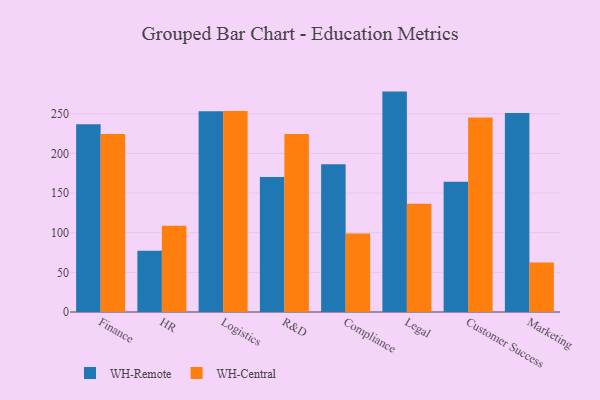
{"axis": {"x": "Department", "y": "Churn Rate (%)"}, "legend": ["WH-Central", "WH-Remote"], "data": [{"x": "Finance", "y": 236.8, "type": "WH-Remote"}, {"x": "Finance", "y": 224.4, "type": "WH-Central"}, {"x": "HR", "y": 77.3, "type": "WH-Remote"}, {"x": "HR", "y": 108.6, "type": "WH-Central"}, {"x": "Logistics", "y": 253.2, "type": "WH-Remote"}, {"x": "Logistics", "y": 253.4, "type": "WH-Central"}, {"x": "R&D", "y": 170.1, "type": "WH-Remote"}, {"x": "R&D", "y": 224.4, "type": "WH-Central"}, {"x": "Compliance", "y": 186.3, "type": "WH-Remote"}, {"x": "Compliance", "y": 99.0, "type": "WH-Central"}, {"x": "Legal", "y": 277.9, "type": "WH-Remote"}, {"x": "Legal", "y": 136.4, "type": "WH-Central"}, {"x": "Customer Success", "y": 164.1, "type": "WH-Remote"}, {"x": "Customer Success", "y": 245.2, "type": "WH-Central"}, {"x": "Marketing", "y": 250.9, "type": "WH-Remote"}, {"x": "Marketing", "y": 62.5, "type": "WH-Central"}]}